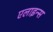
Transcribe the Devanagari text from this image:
एलाइन्स